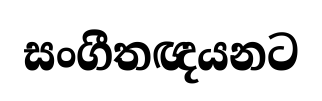
සංගීතඥයනට